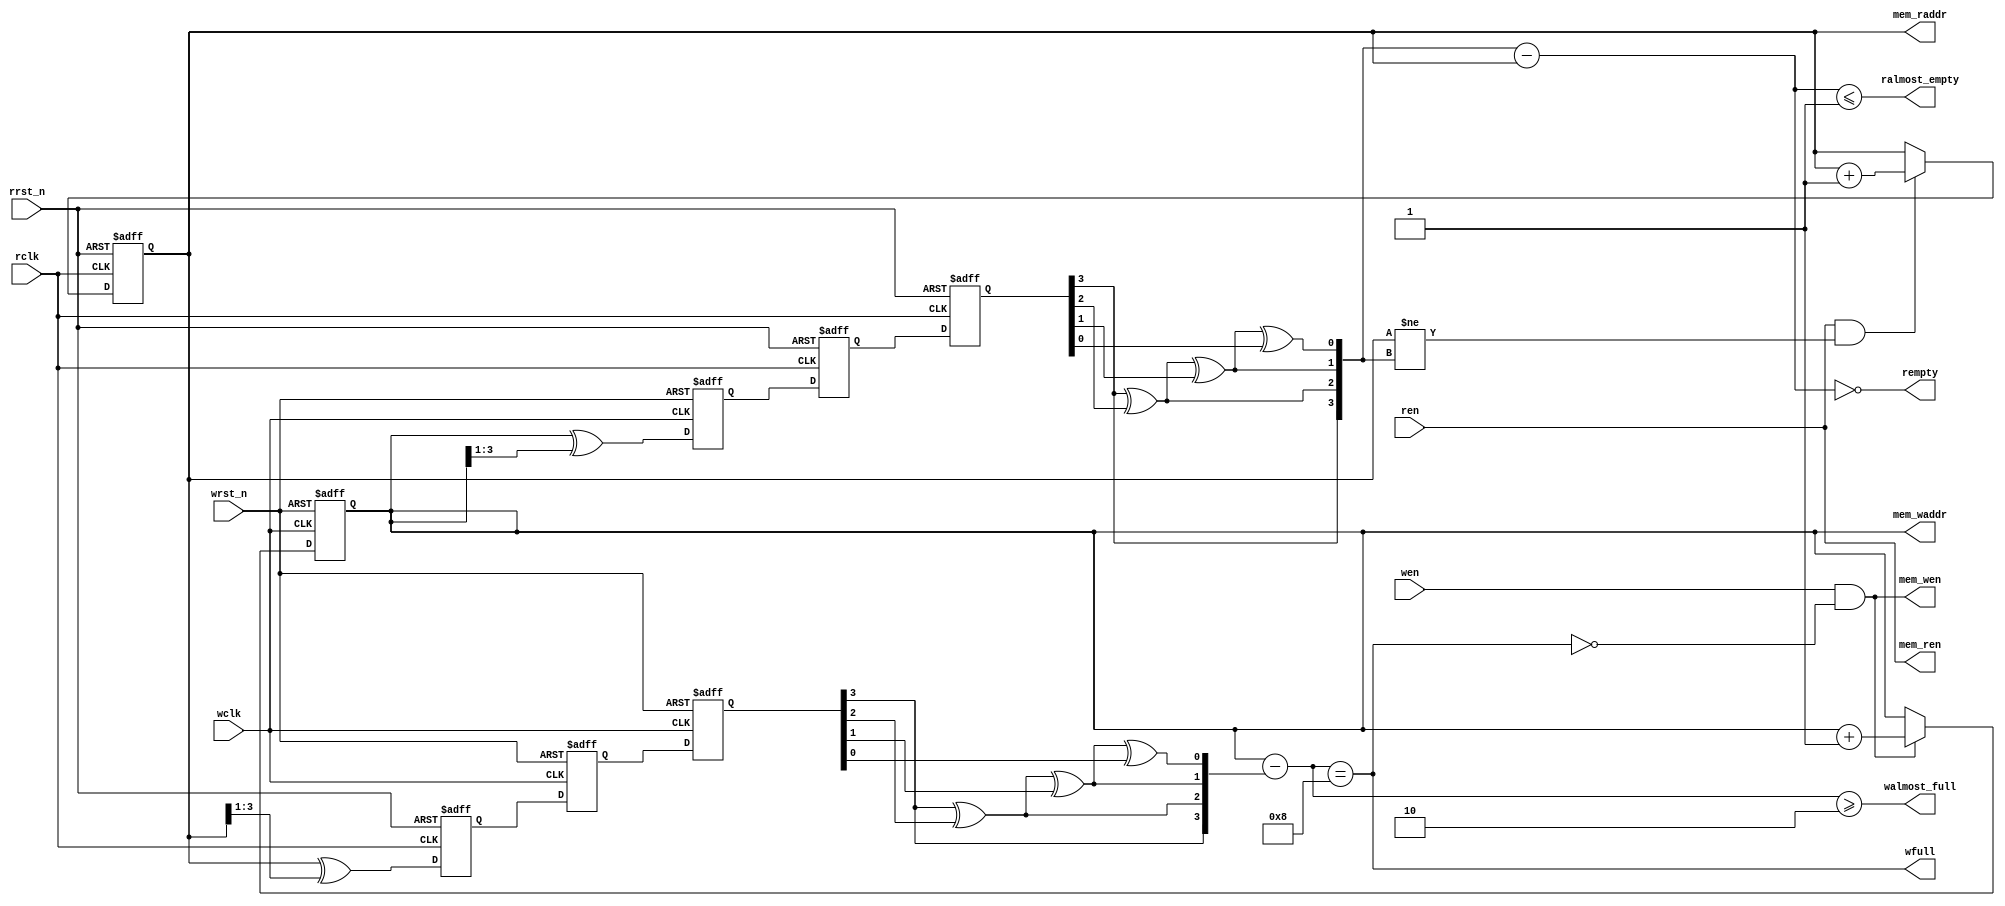
//////////////////////////////////////////////////////////////////////
////                                                              ////
////  File name "generic_fifo_ctrl.v"                             ////
////                                                              ////
////  This file is part of the "10GE MAC" project                 ////
////  http://www.opencores.org/cores/xge_mac/                     ////
////                                                              ////
////  Author(s):                                                  ////
////      - A. Tanguay (antanguay@opencores.org)                  ////
////                                                              ////
//////////////////////////////////////////////////////////////////////
////                                                              ////
//// Copyright (C) 2008 AUTHORS. All rights reserved.             ////
////                                                              ////
//// This source file may be used and distributed without         ////
//// restriction provided that this copyright statement is not    ////
//// removed from the file and that any derivative work contains  ////
//// the original copyright notice and the associated disclaimer. ////
////                                                              ////
//// This source file is free software; you can redistribute it   ////
//// and/or modify it under the terms of the GNU Lesser General   ////
//// Public License as published by the Free Software Foundation; ////
//// either version 2.1 of the License, or (at your option) any   ////
//// later version.                                               ////
////                                                              ////
//// This source is distributed in the hope that it will be       ////
//// useful, but WITHOUT ANY WARRANTY; without even the implied   ////
//// warranty of MERCHANTABILITY or FITNESS FOR A PARTICULAR      ////
//// PURPOSE.  See the GNU Lesser General Public License for more ////
//// details.                                                     ////
////                                                              ////
//// You should have received a copy of the GNU Lesser General    ////
//// Public License along with this source; if not, download it   ////
//// from http://www.opencores.org/lgpl.shtml                     ////
////                                                              ////
//////////////////////////////////////////////////////////////////////
 
 
module generic_fifo_ctrl(
 
    wclk,
    wrst_n,
    wen,
    wfull,
    walmost_full,
 
    mem_wen,
    mem_waddr,
 
    rclk,
    rrst_n,
    ren,
    rempty,
    ralmost_empty,
 
    mem_ren,
    mem_raddr
);
 
//---
// Parameters
 
parameter AWIDTH = 3;
parameter RAM_DEPTH = (1 << AWIDTH);
parameter EARLY_READ = 0;
parameter CLOCK_CROSSING = 1;
parameter ALMOST_EMPTY_THRESH = 1;
parameter ALMOST_FULL_THRESH = RAM_DEPTH-2;
 
//---
// Ports
 
input              wclk;
input              wrst_n;
input              wen;
output             wfull;
output             walmost_full;
 
output             mem_wen;
output [AWIDTH:0]  mem_waddr;
 
input              rclk;
input              rrst_n;
input              ren;
output             rempty;
output             ralmost_empty;
 
output             mem_ren;
output [AWIDTH:0]  mem_raddr;
 
 
 
//---
// Local declarations
 
// Registers
 
reg  [AWIDTH:0]   wr_ptr;
reg  [AWIDTH:0]   rd_ptr;
reg  [AWIDTH:0]   next_rd_ptr;
 
// Combinatorial
 
wire [AWIDTH:0]   wr_gray;
reg  [AWIDTH:0]   wr_gray_reg;
reg  [AWIDTH:0]   wr_gray_meta;
reg  [AWIDTH:0]   wr_gray_sync;
reg  [AWIDTH:0]   wck_rd_ptr;
wire [AWIDTH:0]   wck_level;
 
wire [AWIDTH:0]   rd_gray;
reg  [AWIDTH:0]   rd_gray_reg;
reg  [AWIDTH:0]   rd_gray_meta;
reg  [AWIDTH:0]   rd_gray_sync;
reg  [AWIDTH:0]   rck_wr_ptr;
wire [AWIDTH:0]   rck_level;
 
wire [AWIDTH:0]   depth;
wire [AWIDTH:0]   empty_thresh;
wire [AWIDTH:0]   full_thresh;
 
// Variables
 
integer         i;
 
//---
// Assignments
 
assign depth = RAM_DEPTH[AWIDTH:0];
assign empty_thresh = ALMOST_EMPTY_THRESH[AWIDTH:0];
assign full_thresh = ALMOST_FULL_THRESH[AWIDTH:0];
 
assign wfull = (wck_level == depth);
assign walmost_full = (wck_level >= (depth - full_thresh));
assign rempty = (rck_level == 0);
assign ralmost_empty = (rck_level <= empty_thresh);
 
//---
// Write Pointer
 
always @(posedge wclk or negedge wrst_n)
begin
    if (!wrst_n) begin
        wr_ptr <= {(AWIDTH+1){1'b0}};
    end
    else if (wen && !wfull) begin
        wr_ptr <= wr_ptr + {{(AWIDTH){1'b0}}, 1'b1};
    end
end
 
//---
// Read Pointer
 
always @(ren, rd_ptr, rck_wr_ptr)
begin
    next_rd_ptr = rd_ptr;
    if (ren && rd_ptr != rck_wr_ptr) begin
        next_rd_ptr = rd_ptr + {{(AWIDTH){1'b0}}, 1'b1};
    end
end
 
always @(posedge rclk or negedge rrst_n)
begin
    if (!rrst_n) begin
        rd_ptr <= {(AWIDTH+1){1'b0}};
    end
    else begin
        rd_ptr <= next_rd_ptr;
    end
end
 
//---
// Binary to Gray conversion
 
assign wr_gray = wr_ptr ^ (wr_ptr >> 1);
assign rd_gray = rd_ptr ^ (rd_ptr >> 1);
 
//---
// Gray to Binary conversion
 
always @(wr_gray_sync)
begin
    rck_wr_ptr[AWIDTH] = wr_gray_sync[AWIDTH];
    for (i = 0; i < AWIDTH; i = i + 1) begin
        rck_wr_ptr[AWIDTH-i-1] = rck_wr_ptr[AWIDTH-i] ^ wr_gray_sync[AWIDTH-i-1];
    end
end
 
always @(rd_gray_sync)
begin
    wck_rd_ptr[AWIDTH] = rd_gray_sync[AWIDTH];
    for (i = 0; i < AWIDTH; i = i + 1) begin
        wck_rd_ptr[AWIDTH-i-1] = wck_rd_ptr[AWIDTH-i] ^ rd_gray_sync[AWIDTH-i-1];
    end
end
 
//---
// Clock-Domain Crossing
 
generate
    if (CLOCK_CROSSING) begin
 
        // Instantiate metastability flops
        always @(posedge rclk or negedge rrst_n)
        begin
            if (!rrst_n) begin
                rd_gray_reg <= {(AWIDTH+1){1'b0}};
                wr_gray_meta <= {(AWIDTH+1){1'b0}};
                wr_gray_sync <= {(AWIDTH+1){1'b0}};
            end
            else begin
                rd_gray_reg <= rd_gray;
                wr_gray_meta <= wr_gray_reg;
                wr_gray_sync <= wr_gray_meta;
            end
        end
 
        always @(posedge wclk or negedge wrst_n)
        begin
            if (!wrst_n) begin
                wr_gray_reg <= {(AWIDTH+1){1'b0}};
                rd_gray_meta <= {(AWIDTH+1){1'b0}};
                rd_gray_sync <= {(AWIDTH+1){1'b0}};
            end
            else begin
                wr_gray_reg <= wr_gray;
                rd_gray_meta <= rd_gray_reg;
                rd_gray_sync <= rd_gray_meta;
            end
        end
    end
    else begin
 
        // No clock domain crossing
        always @(wr_gray or rd_gray)
        begin
            wr_gray_sync = wr_gray;
            rd_gray_sync = rd_gray;
        end
    end
endgenerate
 
//---
// FIFO Level
 
assign wck_level = wr_ptr - wck_rd_ptr;
assign rck_level = rck_wr_ptr - rd_ptr;
 
//---
// Memory controls
 
assign  mem_waddr = wr_ptr;
assign  mem_wen = wen && !wfull;
 
generate
    if (EARLY_READ) begin
 
        // With early read, data will be present at output
        // before ren is asserted. Usufull if we want to add
        // an output register and not add latency.
        assign mem_raddr = next_rd_ptr;
        assign mem_ren = 1'b1;
 
    end
    else begin
 
        assign mem_raddr = rd_ptr;
        assign mem_ren = ren;
 
    end
endgenerate
 
endmodule